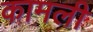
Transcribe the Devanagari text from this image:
कामली